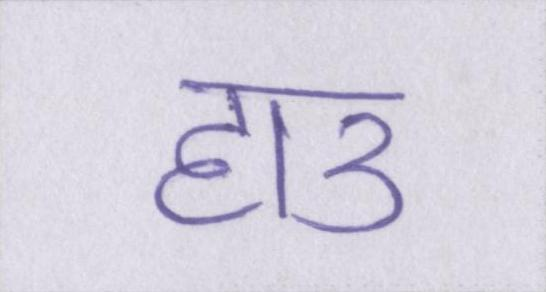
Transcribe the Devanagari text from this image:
हाउ